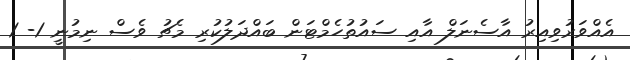
އެއްވަރުވިއިރު އާސެނަލް އާއި ސައުތުހެމްޓަން ބައްދަލުކުރި މެޗު ވެސް ނިމުނީ 1- 1